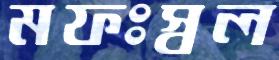
মফঃস্বল